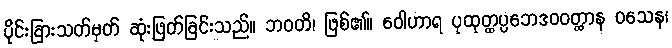
ပိုင်းခြားသတ်မှတ် ဆုံးဖြတ်ခြင်းသည်။ ဘဝတိ၊ ဖြစ်၏။ ဝေါဟာရ ပုထုတ္ထပ္ပဘေဒဝဝတ္ထာန ဝသေန၊